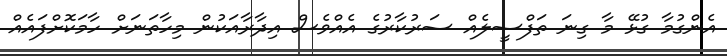
އެންގުމާ ގުޅޭ މާ ގިނަ ތަފްސީލެއް ސަރުކާރުގެ އެއްވެސް އިދާރާއަކުން މިހާތަނަށް ހާމަކޮށްފައެއް